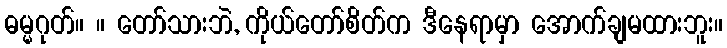
ဓမ္မဂုတ်။ ။ တော်သားဘဲ, ကိုယ်တော်စိတ်က ဒီနေရာမှာ အောက်ချမထားဘူး။